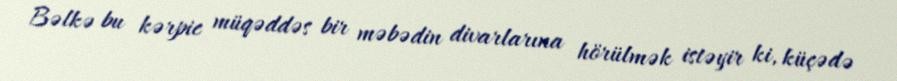
Bəlkə bu kərpic müqəddəs bir məbədin divarlarına hörülmək istəyir ki, küçədə